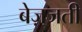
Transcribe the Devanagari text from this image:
बेज़्जती